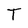
Character: T